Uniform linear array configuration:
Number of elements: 16
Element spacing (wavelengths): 1
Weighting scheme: hamming
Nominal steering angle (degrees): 30
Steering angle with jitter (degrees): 31.375
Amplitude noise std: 0.05
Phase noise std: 0.05

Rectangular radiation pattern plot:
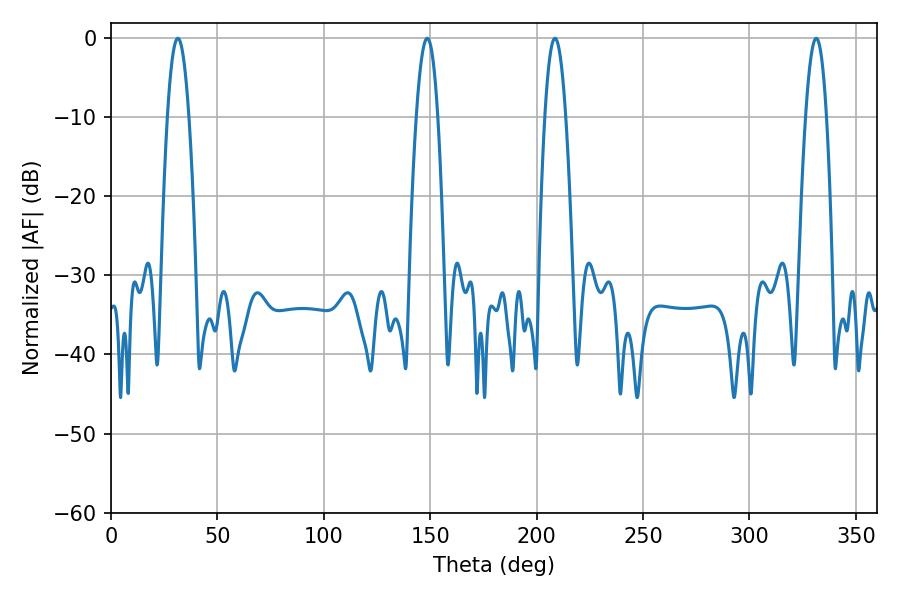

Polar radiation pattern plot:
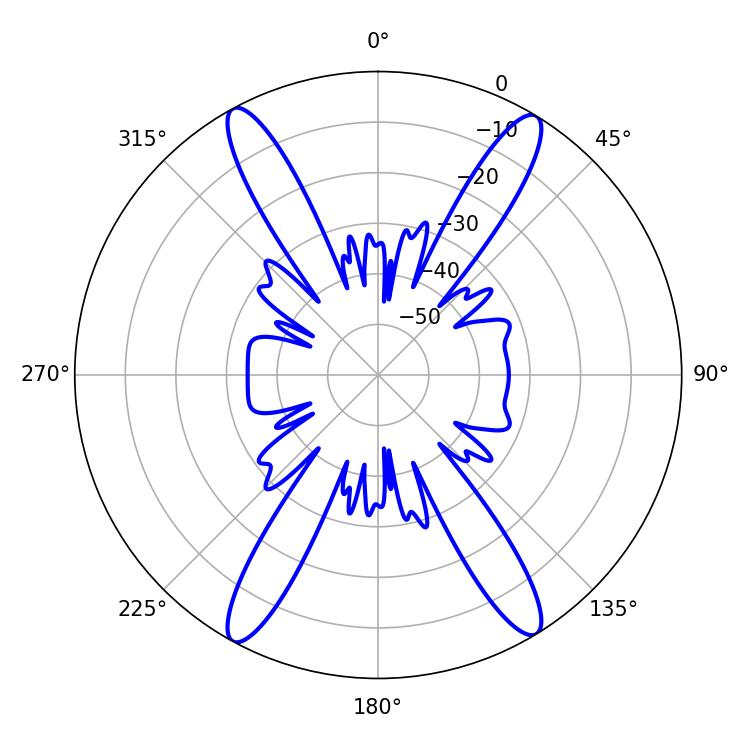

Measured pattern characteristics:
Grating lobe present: TRUE
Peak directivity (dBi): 22.389
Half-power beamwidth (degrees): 5.4
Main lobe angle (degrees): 208.62